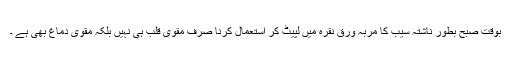
بوقت صبح بطور ناشتہ سیب کا مربہ ورق نقرہ میں لپیٹ کر استعمال کرنا صرف مقوی قلب ہی نہیں بلکہ مقوی دماغ بھی ہے ۔